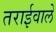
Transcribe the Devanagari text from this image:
तराईवाले